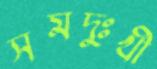
সমদুঃখী